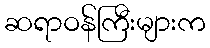
ဆရာဝန်ကြီးများက